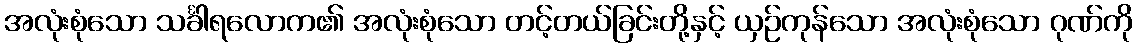
အလုံးစုံသော သင်္ခါရလောက၏ အလုံးစုံသော တင့်တယ်ခြင်းတို့နှင့် ယှဉ်ကုန်သော အလုံးစုံသော ဂုဏ်ကို